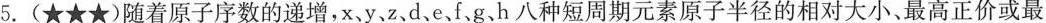
5.(★★★)随着原子序数的递增，x、y、z、d.e、f、g、h八种短周期元素原子半径的相对大小，最高正价或